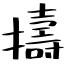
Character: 擣